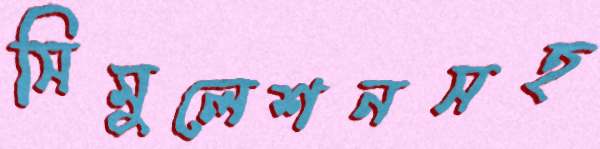
সিমুলেশনসহ